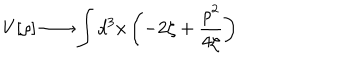
LaTeX: V [ \rho ] \longrightarrow \int d ^ { 3 } x \left( - 2 \zeta + \frac { \rho ^ { 2 } } { 4 \zeta } \right)